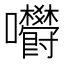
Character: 𡆋